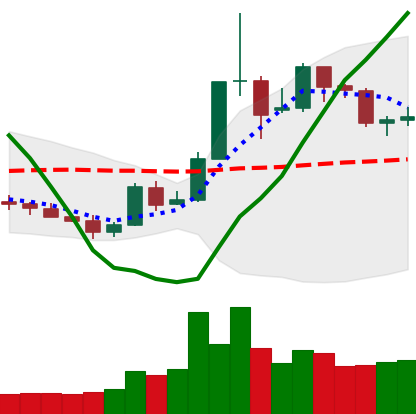
Ticker: XLM-USD
Chart end date: 2019-05-24
Forward return: 8.374%
Label: up_7plus